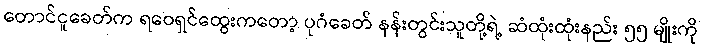
တောင်ငူခေတ်က ရဝေရှင်ထွေးကတော့ ပုဂံခေတ် နန်းတွင်းသူတို့ရဲ့ ဆံထုံးထုံးနည်း ၅၅ မျိုးကို